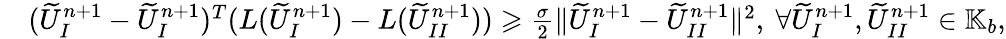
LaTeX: \begin{array}{rl}&{(\widetilde{U}_{I}^{n+1}-\widetilde{U}_{I}^{n+1})^{T}(L(\widetilde{U}_{I}^{n+1})-L(\widetilde{U}_{II}^{n+1}))\geqslant\frac{\sigma}2\| \widetilde{U}_{I}^{n+1}-\widetilde{U}_{II}^{n+1}\| ^{2},\ \forall\widetilde{U}_{I}^{n+1},\widetilde{U}_{II}^{n+1}\in\mathbb{K}_{b},}\end{array}